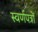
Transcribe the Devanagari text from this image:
स्वर्णपत्रों